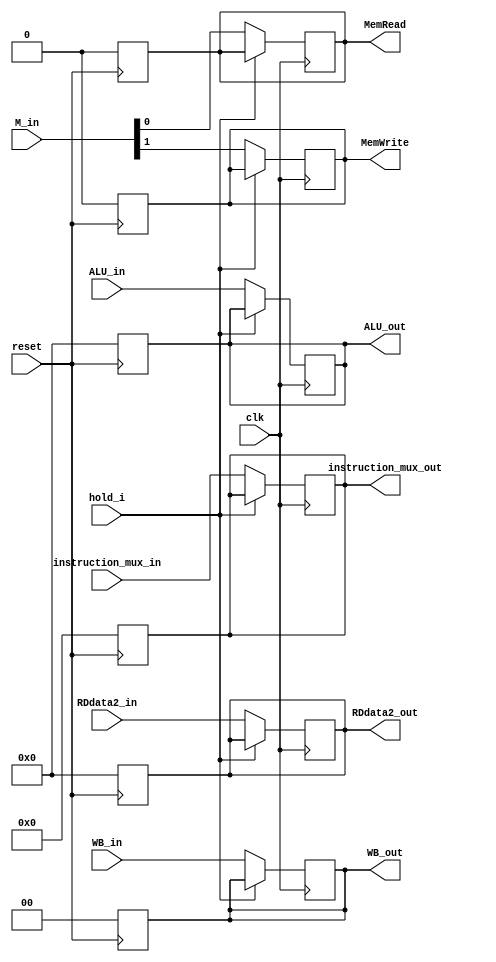
module EX_MEM(input clk,
              input reset,
              input [1:0] WB_in, 
              input [1:0] M_in, 
              input [31:0] ALU_in, 
              input [4:0] instruction_mux_in, 
              input [31:0] RDdata2_in,
			  input hold_i,
              output reg MemWrite,
			  output reg MemRead,
              output reg[1:0] WB_out, 
              output reg[31:0] ALU_out, 
              output reg[4:0] instruction_mux_out, 
              output reg[31:0] RDdata2_out);
	always@(posedge reset)begin
		MemWrite = 0;
		MemRead = 0;
		WB_out = 0;
		ALU_out = 0;
		RDdata2_out = 0;
		instruction_mux_out = 0;
	end
	always@(posedge clk)begin
		if(hold_i)begin
			WB_out <= WB_out;
			MemWrite <= MemWrite;
			MemRead <= MemRead;
			ALU_out <= ALU_out;
			RDdata2_out <= RDdata2_out;
			instruction_mux_out <= instruction_mux_out;
		end
		else begin
			WB_out <= WB_in;
			MemWrite <= M_in[1];
			MemRead <= M_in[0];
			ALU_out <= ALU_in;
			RDdata2_out <= RDdata2_in;
			instruction_mux_out <= instruction_mux_in;
		end
	end
endmodule